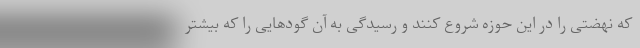
که نهضتی را در این حوزه شروع کنند و رسیدگی به آن گودهایی را که بیشتر